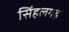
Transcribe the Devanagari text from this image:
सिंहलगढ़